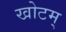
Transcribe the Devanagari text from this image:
खोटम्